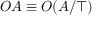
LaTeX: O A \equiv O ( A / \top )